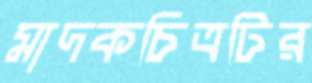
মাদকচিত্রটির